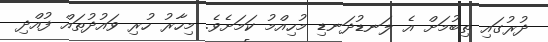
ދުރުގައި ތިބުމަށް އެ ލަނޑުދަނޑި މުހިއްމު ކަމަށެވެ. މިހާރު ހުރި ވައުދުތައް ފުއްދި